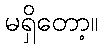
မရှိတော့။